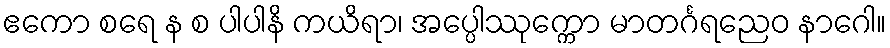
ဧကော စရေ န စ ပါပါနိ ကယိရာ၊ အပ္ပေါဿုက္ကော မာတင်္ဂရညေဝ နာဂေါ။